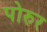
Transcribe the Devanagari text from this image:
पोरुर